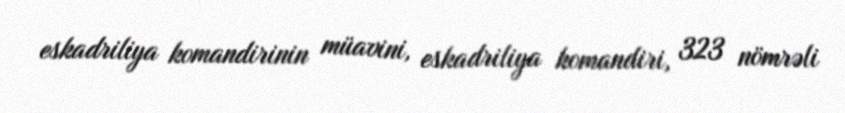
eskadriliya komandirinin müavini, eskadriliya komandiri, 323 nömrəli